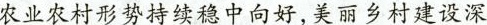
农业农村形势持续稳中向好，美丽乡村建设深